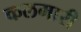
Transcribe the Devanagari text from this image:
कलमारी